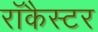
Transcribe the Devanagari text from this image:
रॉकैस्टर